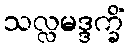
သလ္လမဒ္ဒက္ခိံ